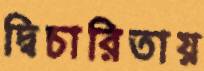
দ্বিচারিতায়